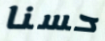
حسنا